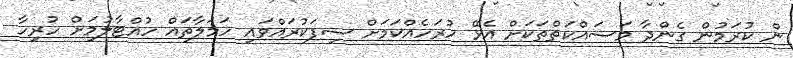
ން ކުރަމުން ގެންދާ މަސައްކަތްތަކަށް އެޅޭ ހުރަހެއްކަމަށް ސިފަކުރައްވައި ހަމަލާތައް ހުއްޓާލުމަށް ހުރިހާ